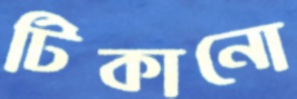
টিকানো